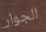
الجوار